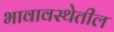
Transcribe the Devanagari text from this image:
भावावस्थेतील